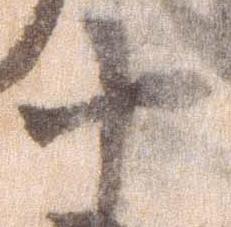
十